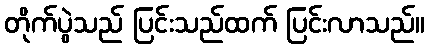
တိုက်ပွဲသည် ပြင်းသည်ထက် ပြင်းလာသည်။